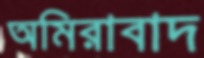
অমিরাবাদ